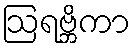
ဩရဗ္ဘိကာ